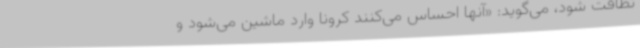
نظافت شود، می‌گوید: «آنها احساس می‌کنند کرونا وارد ماشین می‌شود و